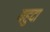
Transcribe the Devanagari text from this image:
यहुदा